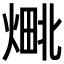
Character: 𬊴